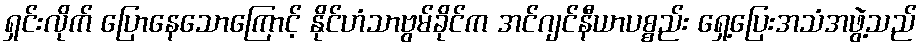
ရှင်းလိုက် ပြောနေသောကြောင့် နိုင်ဟံသာဗွမ်ခိုင်က အင်ဂျင်နီယာပစ္စည်း ရှေ့ပြေးအသံအဖွဲ့သည်